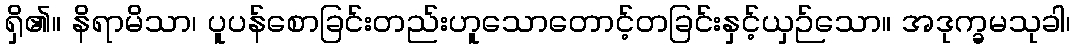
ရှိ၏။ နိရာမိသာ၊ ပူပန်စောခြင်းတည်းဟူသောတောင့်တခြင်းနှင့်ယှဉ်သော။ အဒုက္ခမသုခါ၊